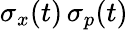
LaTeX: \sigma_{x}(t)\, \sigma_{p}(t)